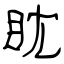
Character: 眈